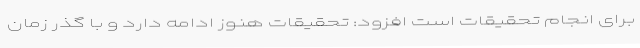
برای انجام تحقیقات است افزود: تحقیقات هنوز ادامه دارد و با گذر زمان